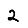
Digit: 2